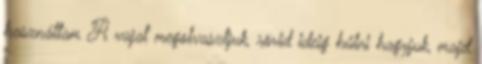
használtam A vajat megolvasztjuk, rövid ideig hűlni hagyjuk, majd